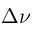
\Delta \nu